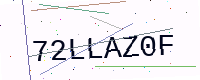
Text: 72LLAZ0F